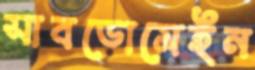
সাবডোমেইন